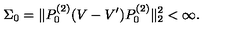
\Sigma _ { 0 } = \| P _ { 0 } ^ { ( 2 ) } ( V - V ^ { \prime } ) P _ { 0 } ^ { ( 2 ) } \| _ { 2 } ^ { 2 } < \infty .